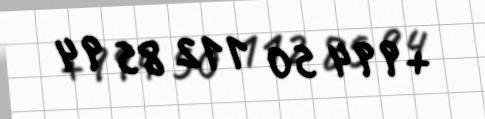
+994 50 112 85 94